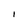
Character: I